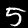
Digit: 5